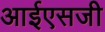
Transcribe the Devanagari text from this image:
आईएसजी